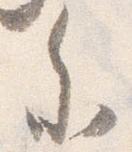
参